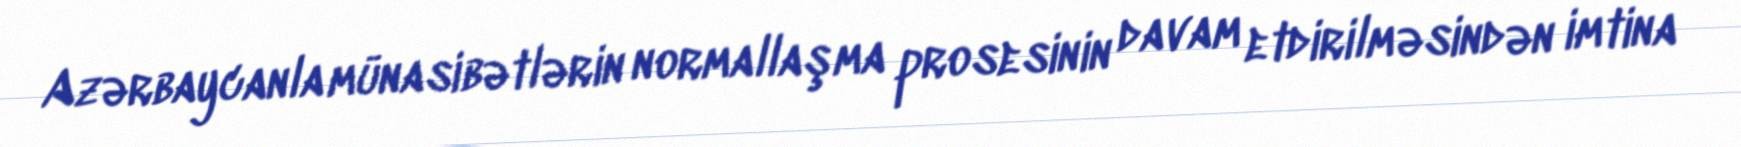
Azərbaycanla münasibətlərin normallaşma prosesinin davam etdirilməsindən imtina